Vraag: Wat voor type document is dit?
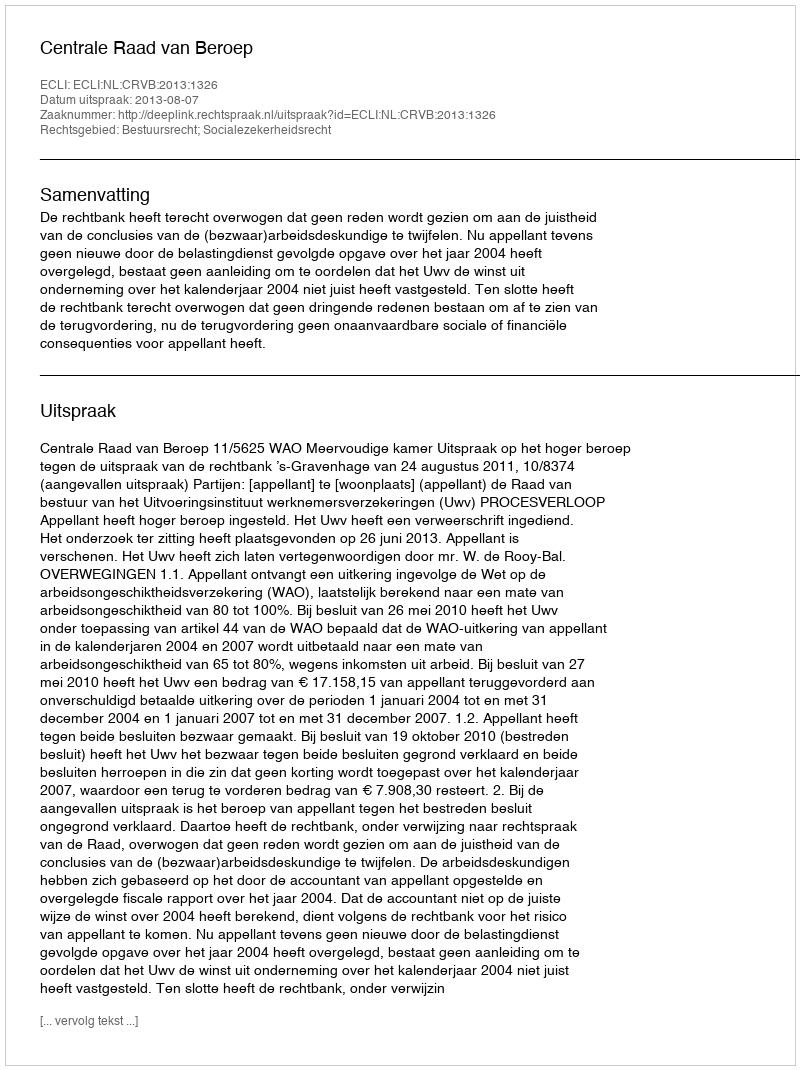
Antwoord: Uitspraak